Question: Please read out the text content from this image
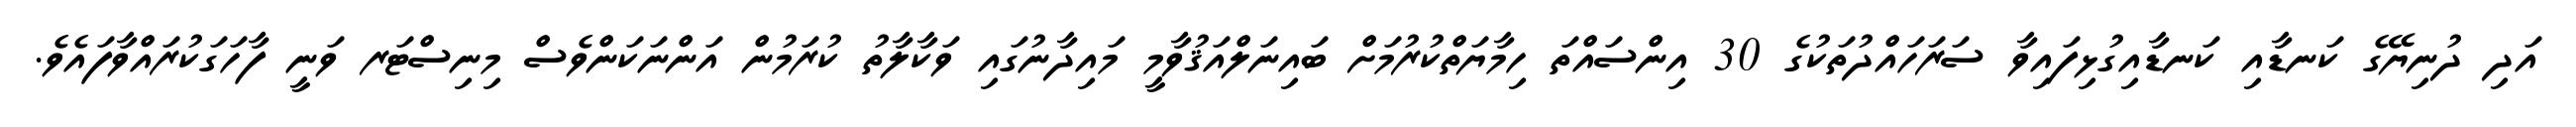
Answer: އަދި ދުނިޔޭގެ ކަނޑާއި ކަނޑާއިގުޅިފައިވާ ސަރަހައްދުތަކުގެ 30 އިންސައްތަ ހިމާޔަތްކުރުމަށް ބައިނަލްއަޤުވާމީ މައިދާނުގައި ވަކާލާތު ކުރަމުން އަންނަކަންވެސް މިނިސްޓަރ ވަނީ ފާހަގަކުރައްވާފައެވެ.